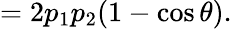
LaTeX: =2p_{1}p_{2}(1-\cos\theta).